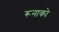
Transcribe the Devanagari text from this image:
रूनाको